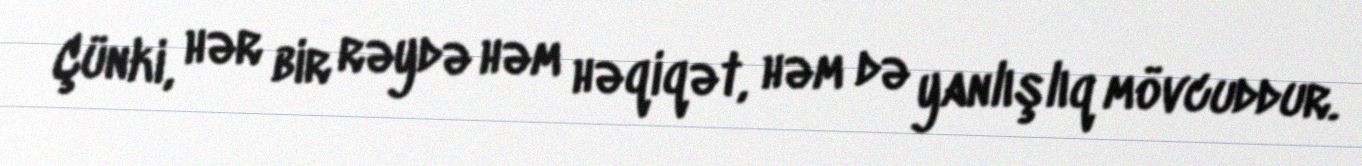
Çünki, hər bir rəydə həm həqiqət, həm də yanlışlıq mövcuddur.